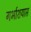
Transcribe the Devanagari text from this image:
गर्भाशयास